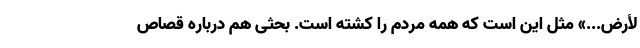
لأرْضِ...» مثل این است که همه مردم را کشته است. بحثی هم درباره قصاص